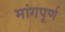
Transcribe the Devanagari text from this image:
मांगपूर्ण